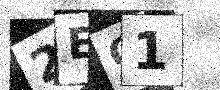
Text: 2EQ1